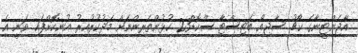
އާޖެންޓީނާގެ ކޯޗު ސާޖިއޯ ބަޓިސްޓާ ސްކޮޑް23 ކުޅުންތެރިންނަށް މަދުކުރުއިރު އުނިކޮށްފައި ވަނީ އެ